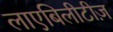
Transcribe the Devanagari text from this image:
लाएबिलीटीज़